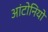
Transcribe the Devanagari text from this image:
आंटोनियो